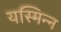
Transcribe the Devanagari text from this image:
यस्मिन्न